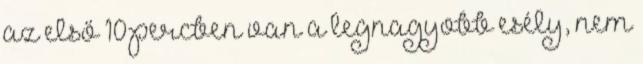
az első 10 percben van a legnagyobb esély, nem